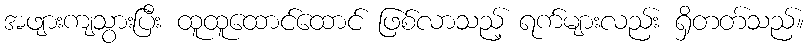
အဖျားကျသွားပြီး ထူထူထောင်ထောင် ဖြစ်လာသည့် ရက်များလည်း ရှိတတ်သည်။